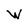
Character: W